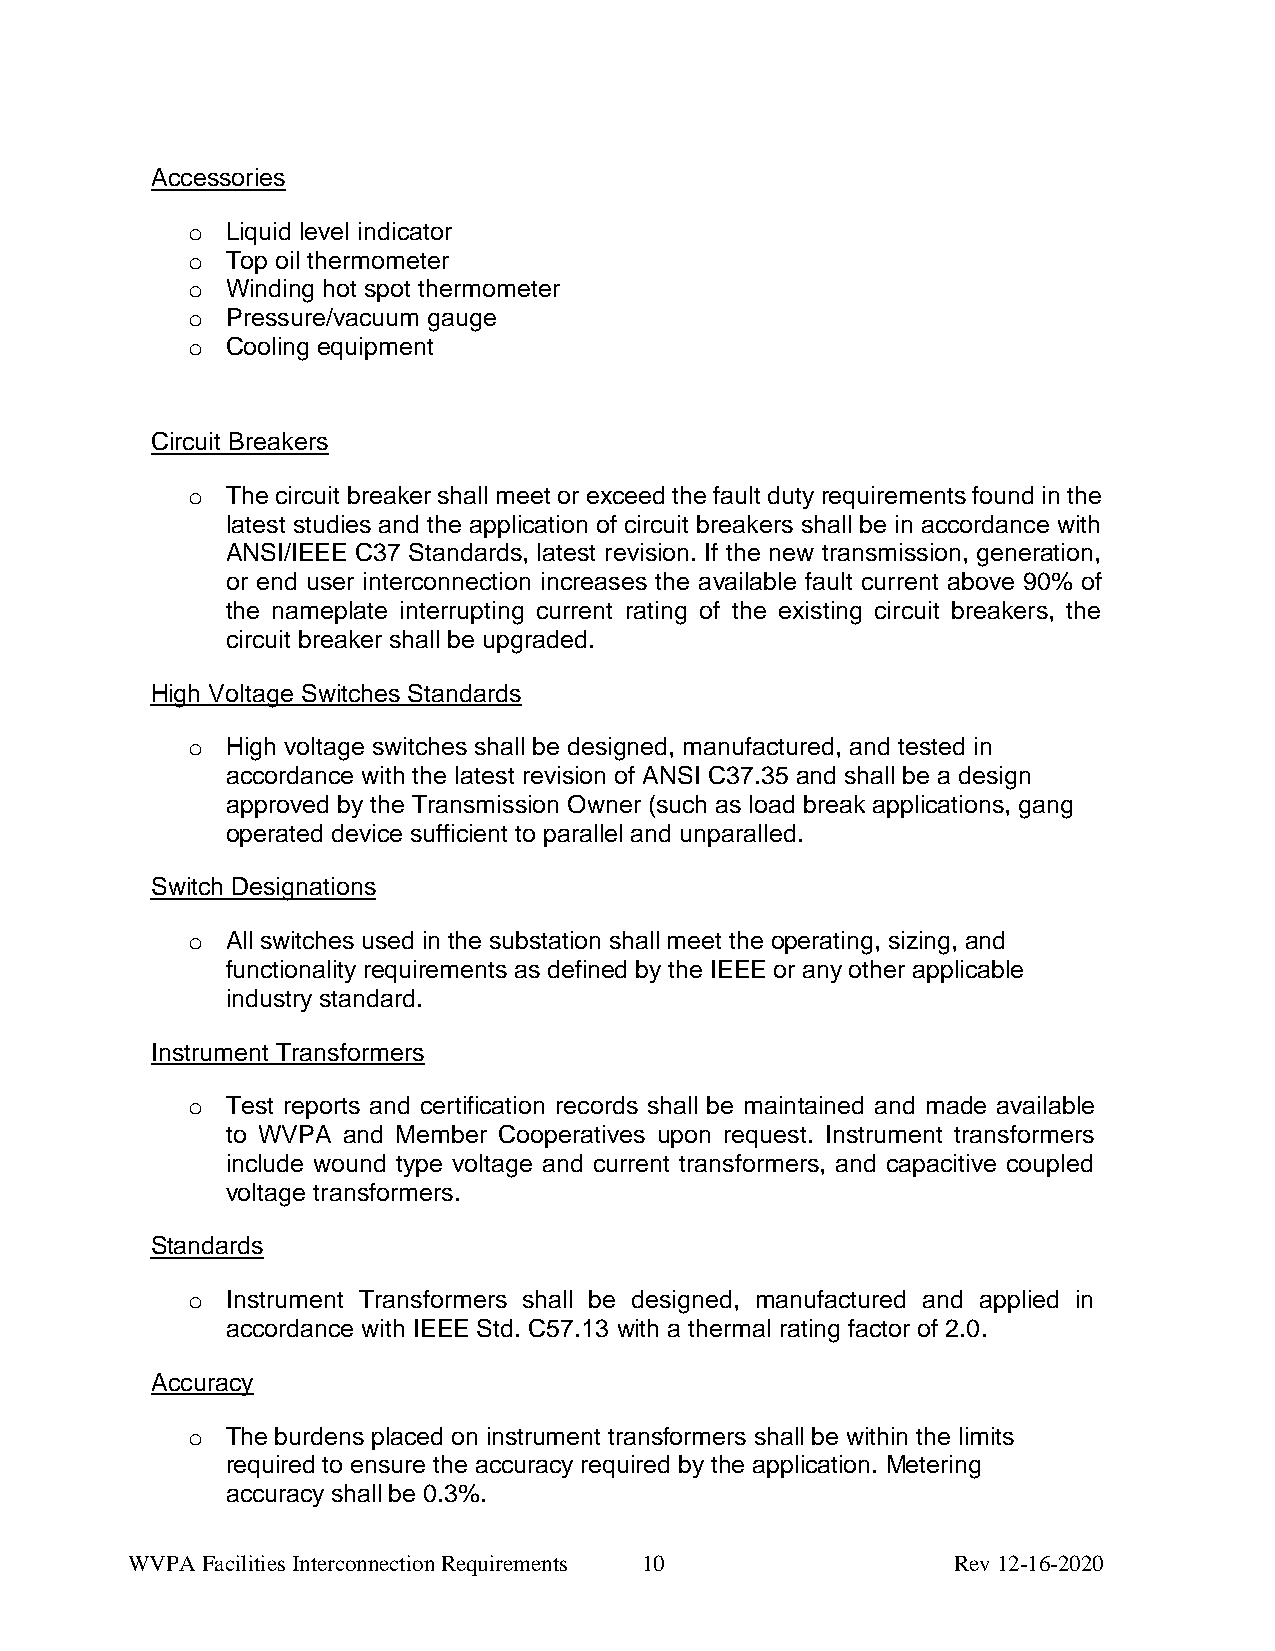
Accessories
 o  Liquid level indicator
 o  Top oil thermometer
 o  Winding hot spot thermometer
 o  Pressure/vacuum gauge
 o  Cooling equipment
 Circuit Breakers
 o  The circuit breaker shall meet or exceed the fault duty requirements found in the
 latest studies and the application of circuit breakers shall be in accordance with
 ANSI/IEEE C37 Standards, latest revision. If the new transmission, generation,
 or end user interconnection increases the available fault current above 90% of
 the nameplate interrupting current rating of the existing circuit breakers, the
 circuit breaker shall be upgraded.
 High Voltage Switches Standards
 o  High voltage switches shall be designed, manufactured, and tested in
 accordance with the latest revision of ANSI C37.35 and shall be a design
 approved by the Transmission Owner (such as load break applications, gang
 operated device sufficient to parallel and unparalled.
 Switch Designations
 o  All switches used in the substation shall meet the operating, sizing, and
 functionality requirements as defined by the IEEE or any other applicable
 industry standard.
 Instrument Transformers
 o  Test reports and certification records shall be maintained and made available
 to WVPA and Member Cooperatives upon request. Instrument transformers
 include wound type voltage and current transformers, and capacitive coupled
 voltage transformers.
 Standards
 o  Instrument Transformers shall be designed, manufactured and applied in
 accordance with IEEE Std. C57.13 with a thermal rating factor of 2.0.
 Accuracy
 o  The burdens placed on instrument transformers shall be within the limits
 required to ensure the accuracy required by the application. Metering
 accuracy shall be 0.3%.
 WVPA Facilities Interconnection Requirements 10        Rev 12-16-2020